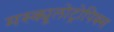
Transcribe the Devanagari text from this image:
मस्क्यूलोट्रोपिक्स